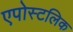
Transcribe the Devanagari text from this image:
एपोस्टलिक